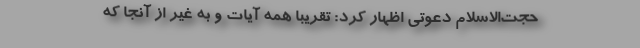
حجت‌الاسلام دعوتی اظهار کرد: تقریباً همه آیات و به غیر از آنجا که